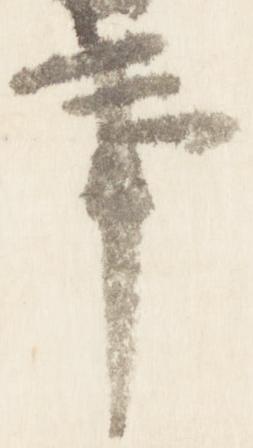
事